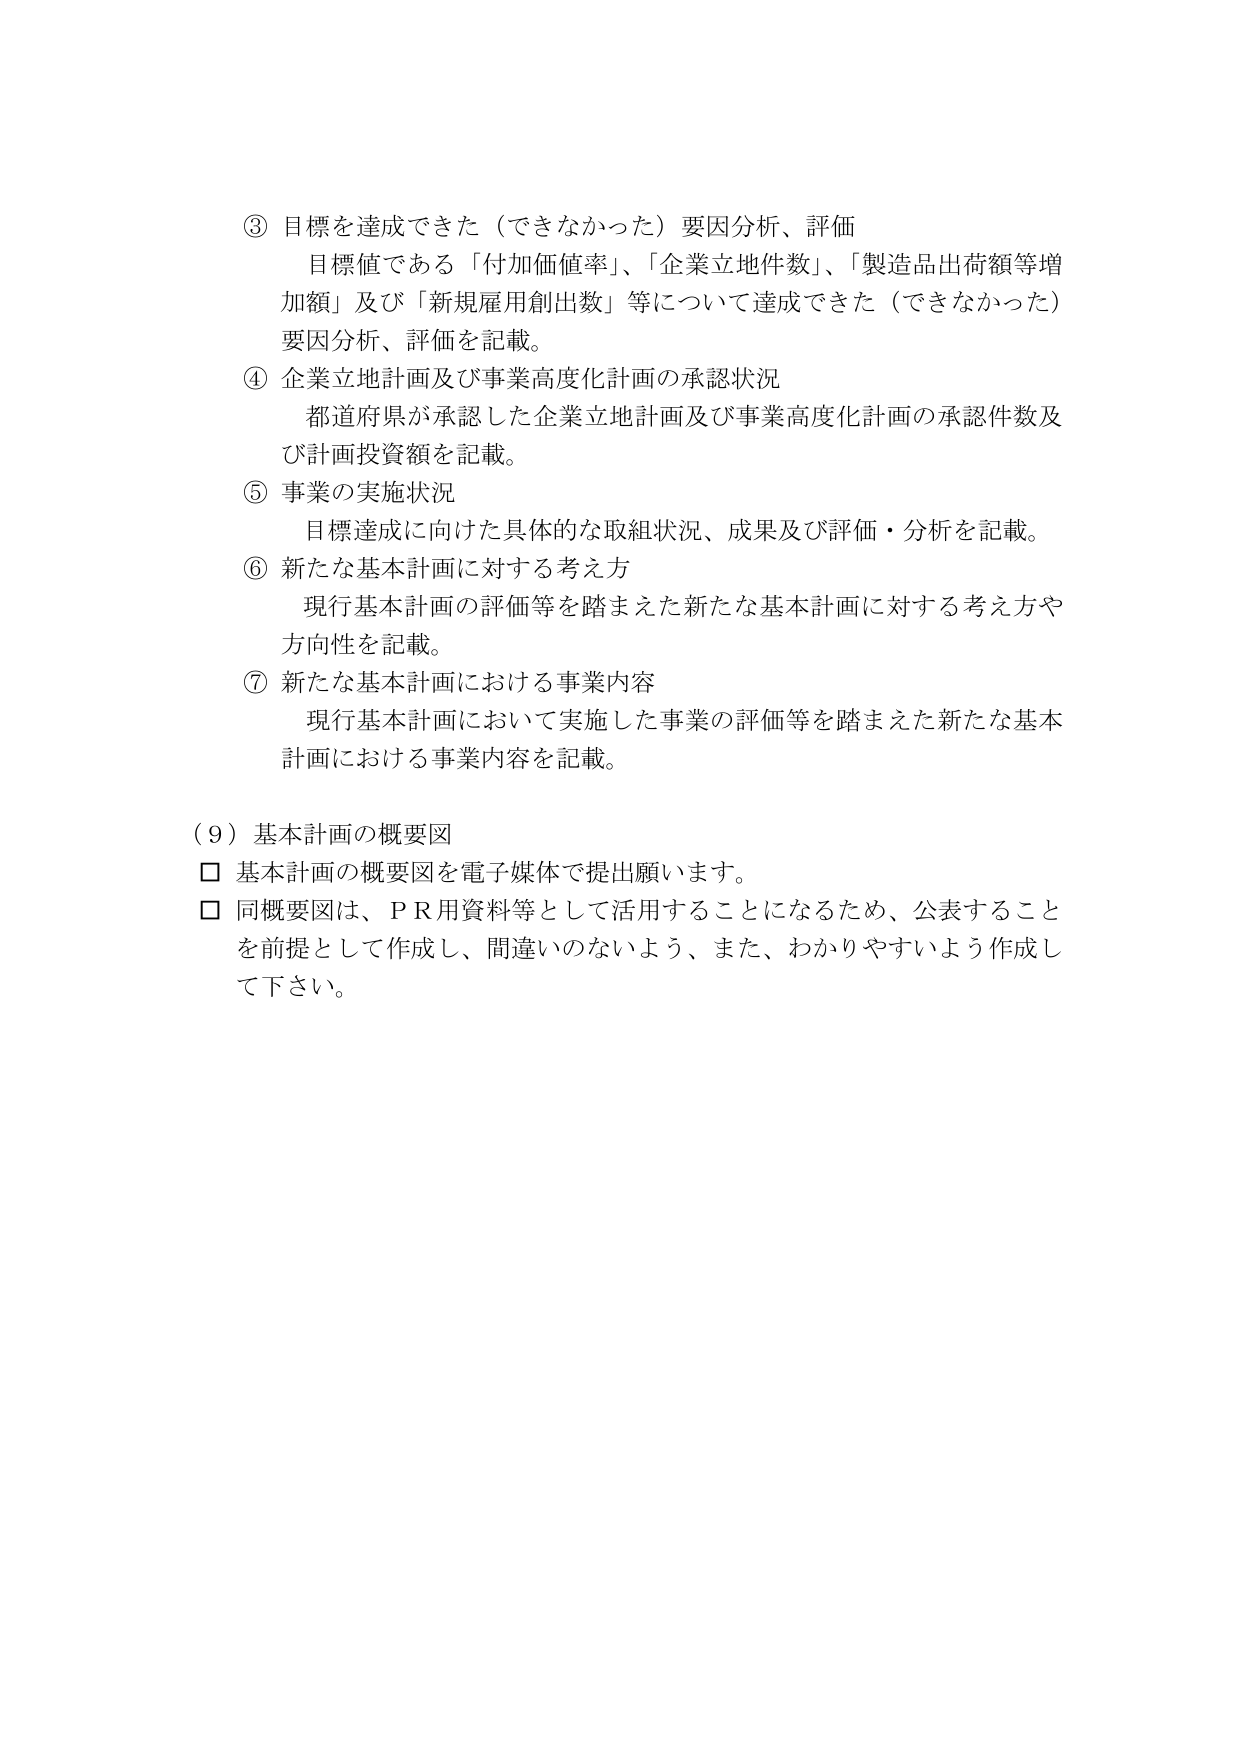
③ 目標を達成できた（できなかった）要因分析、評価
　目標値である「付加価値率」、「企業立地件数」、「製造品出荷額等増加額」及び「新規雇用創出数」等について達成できた（できなかった）要因分析、評価を記載。

④ 企業立地計画及び事業高度化計画の承認状況
　都道府県が承認した企業立地計画及び事業高度化計画の承認件数及び計画投資額を記載。

⑤ 事業の実施状況
　目標達成に向けた具体的な取組状況、成果及び評価・分析を記載。

⑥ 新たな基本計画に対する考え方
　現行基本計画の評価等を踏まえた新たな基本計画に対する考え方や方向性を記載。

⑦ 新たな基本計画における事業内容
　現行基本計画において実施した事業の評価等を踏まえた新たな基本計画における事業内容を記載。

（９）基本計画の概要図
□ 基本計画の概要図を電子媒体で提出願います。
□ 同概要図は、ＰＲ用資料等として活用することになるため、公表することを前提として作成し、間違いのないよう、また、わかりやすいよう作成して下さい。